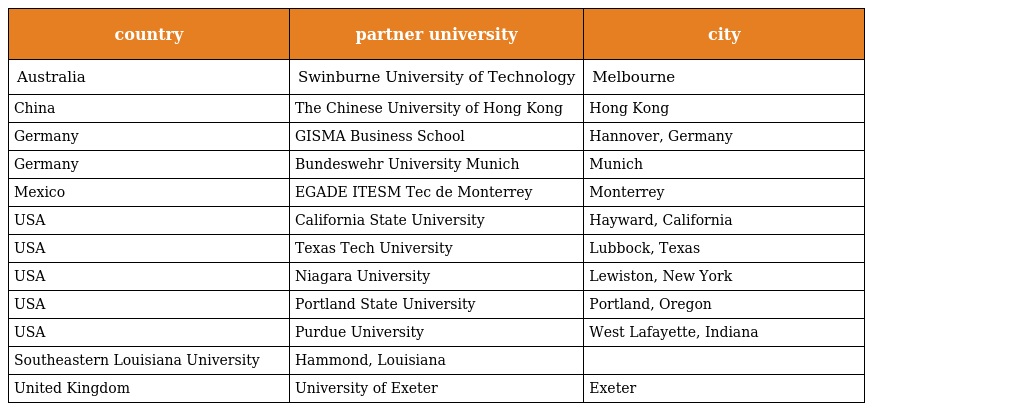
| country | partner university | city |
 | --- | --- | --- |
 | Australia | Swinburne University of Technology | Melbourne |
 | China | The Chinese University of Hong Kong | Hong Kong |
 | Germany | GISMA Business School | Hannover, Germany |
 | Germany | Bundeswehr University Munich | Munich |
 | Mexico | EGADE ITESM Tec de Monterrey | Monterrey |
 | USA | California State University | Hayward, California |
 | USA | Texas Tech University | Lubbock, Texas |
 | USA | Niagara University | Lewiston, New York |
 | USA | Portland State University | Portland, Oregon |
 | USA | Purdue University | West Lafayette, Indiana |
 | Southeastern Louisiana University | Hammond, Louisiana |  |
 | United Kingdom | University of Exeter | Exeter |